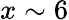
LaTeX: x\sim 6